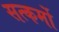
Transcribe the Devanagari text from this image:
सत्कर्मो